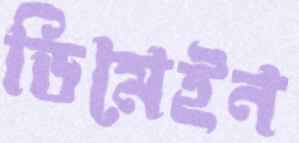
ডিমেইন